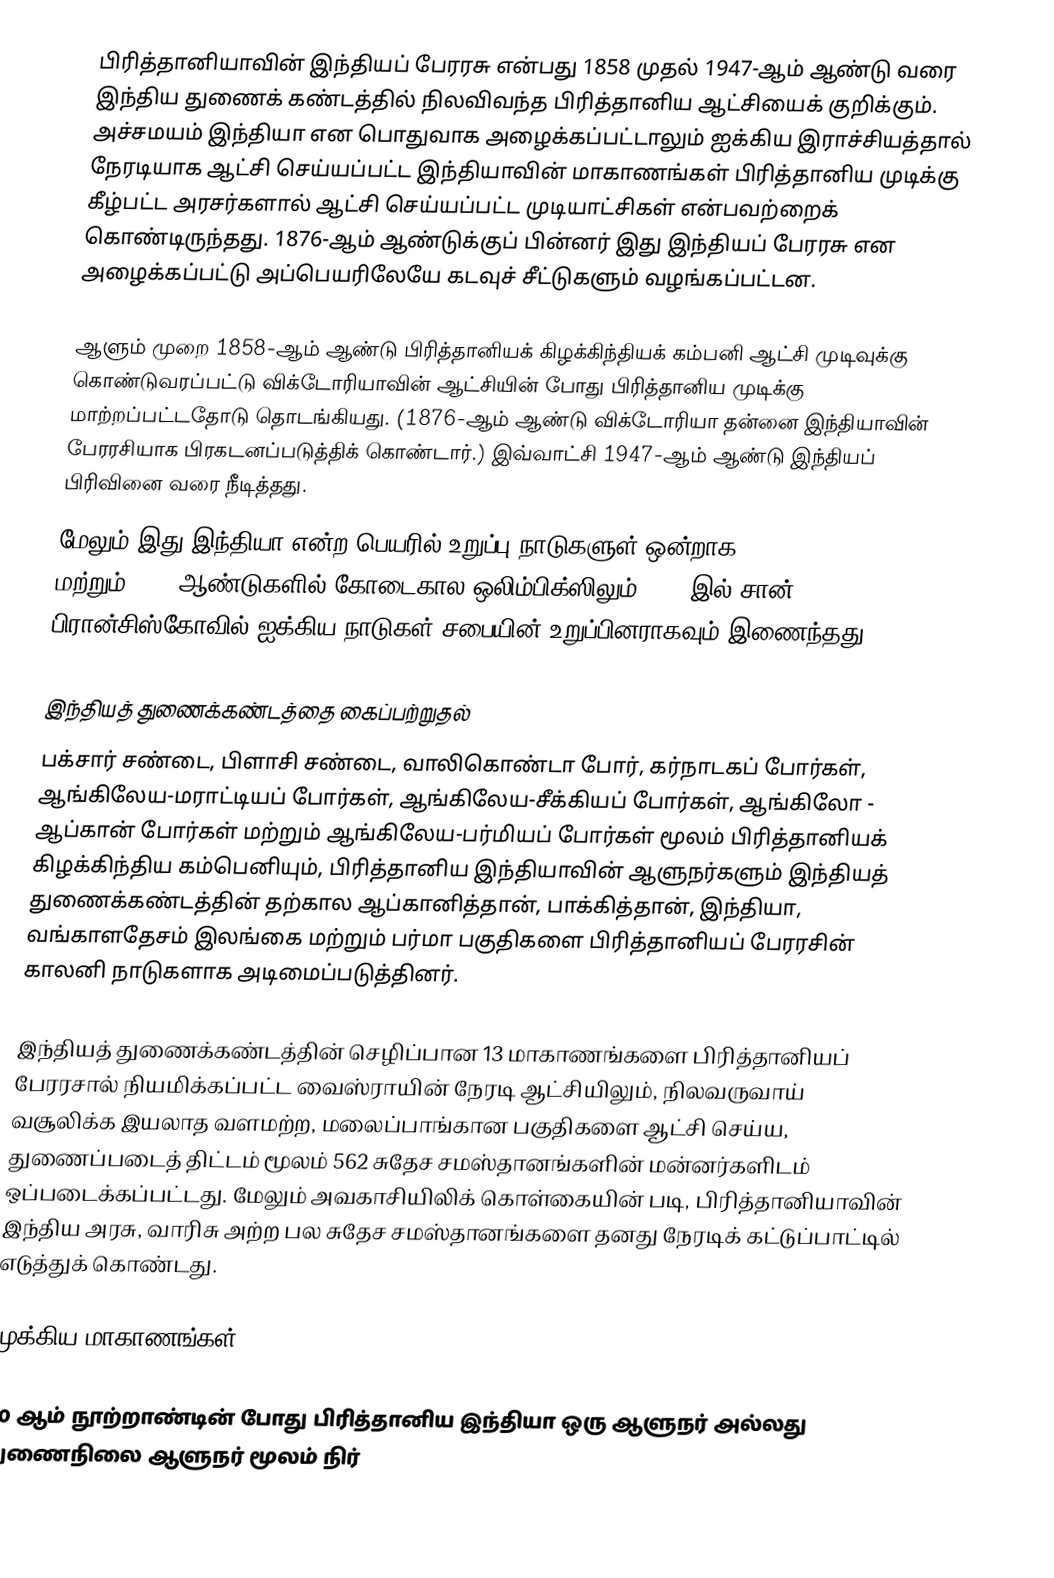
பிரித்தானியாவின் இந்தியப் பேரரசு என்பது 1858 முதல் 1947-ஆம் ஆண்டு வரை இந்திய துணைக் கண்டத்தில் நிலவிவந்த பிரித்தானிய ஆட்சியைக் குறிக்கும். அச்சமயம் இந்தியா என பொதுவாக அழைக்கப்பட்டாலும் ஐக்கிய இராச்சியத்தால்  நேரடியாக ஆட்சி செய்யப்பட்ட இந்தியாவின் மாகாணங்கள் பிரித்தானிய முடிக்கு கீழ்பட்ட அரசர்களால் ஆட்சி செய்யப்பட்ட முடியாட்சிகள் என்பவற்றைக் கொண்டிருந்தது. 1876-ஆம் ஆண்டுக்குப் பின்னர் இது இந்தியப் பேரரசு என அழைக்கப்பட்டு அப்பெயரிலேயே கடவுச் சீட்டுகளும் வழங்கப்பட்டன.

ஆளும் முறை 1858-ஆம் ஆண்டு பிரித்தானியக் கிழக்கிந்தியக் கம்பனி ஆட்சி முடிவுக்கு கொண்டுவரப்பட்டு விக்டோரியாவின் ஆட்சியின் போது பிரித்தானிய முடிக்கு மாற்றப்பட்டதோடு தொடங்கியது. (1876-ஆம் ஆண்டு விக்டோரியா தன்னை இந்தியாவின் பேரரசியாக பிரகடனப்படுத்திக் கொண்டார்.) இவ்வாட்சி 1947-ஆம் ஆண்டு இந்தியப் பிரிவினை வரை நீடித்தது.
மேலும் இது இந்தியா என்ற பெயரில் உறுப்பு நாடுகளுள் ஒன்றாக 1900, 1920, 1928, 1932 மற்றும் 1936 ஆண்டுகளில் கோடைகால ஒலிம்பிக்ஸிலும் 1945-இல் சான் பிரான்சிஸ்கோவில் ஐக்கிய நாடுகள் சபையின் உறுப்பினராகவும் இணைந்தது.

இந்தியத் துணைக்கண்டத்தை கைப்பற்றுதல்
பக்சார் சண்டை, பிளாசி சண்டை, வாலிகொண்டா போர், கர்நாடகப் போர்கள், ஆங்கிலேய-மராட்டியப் போர்கள், ஆங்கிலேய-சீக்கியப் போர்கள், ஆங்கிலோ - ஆப்கான் போர்கள் மற்றும் ஆங்கிலேய-பர்மியப் போர்கள் மூலம் பிரித்தானியக் கிழக்கிந்திய கம்பெனியும்,  பிரித்தானிய இந்தியாவின் ஆளுநர்களும் இந்தியத் துணைக்கண்டத்தின் தற்கால ஆப்கானித்தான், பாக்கித்தான், இந்தியா, வங்காளதேசம்  இலங்கை மற்றும் பர்மா பகுதிகளை பிரித்தானியப் பேரரசின் காலனி நாடுகளாக அடிமைப்படுத்தினர்.

இந்தியத் துணைக்கண்டத்தின் செழிப்பான 13 மாகாணங்களை பிரித்தானியப் பேரரசால் நியமிக்கப்பட்ட வைஸ்ராயின் நேரடி ஆட்சியிலும், நிலவருவாய் வசூலிக்க இயலாத வளமற்ற, மலைப்பாங்கான பகுதிகளை ஆட்சி செய்ய, துணைப்படைத் திட்டம் மூலம் 562 சுதேச சமஸ்தானங்களின் மன்னர்களிடம் ஒப்படைக்கப்பட்டது. மேலும் அவகாசியிலிக் கொள்கையின் படி, பிரித்தானியாவின் இந்திய அரசு, வாரிசு அற்ற பல  சுதேச சமஸ்தானங்களை தனது நேரடிக் கட்டுப்பாட்டில் எடுத்துக் கொண்டது.

முக்கிய மாகாணங்கள்

20 ஆம் நூற்றாண்டின் போது பிரித்தானிய இந்தியா ஒரு ஆளுநர் அல்லது துணைநிலை ஆளுநர் மூலம் நிர்